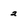
Character: 2